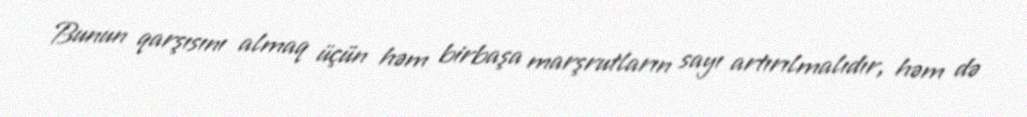
Bunun qarşısını almaq üçün həm birbaşa marşrutların sayı artırılmalıdır, həm də